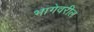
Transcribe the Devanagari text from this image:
भागेवरील